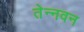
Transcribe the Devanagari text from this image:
तेन्नवन